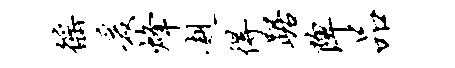
徭爰烽赳得踞陴品